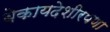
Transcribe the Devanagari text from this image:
बेकायदेशीरपणा